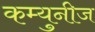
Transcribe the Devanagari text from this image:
कम्युनीज